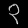
Digit: ၃